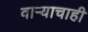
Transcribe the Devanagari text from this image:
वाऱ्याचाही